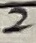
Text: 2